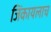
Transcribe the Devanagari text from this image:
जिंकायलाच